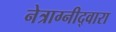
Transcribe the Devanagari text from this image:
नेत्राग्नीद्वारा